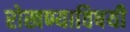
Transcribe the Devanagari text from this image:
रोखण्याविषयी